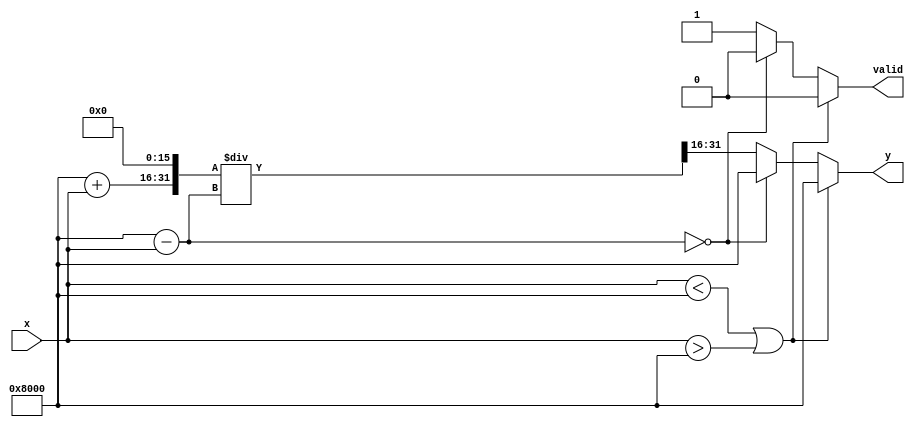
module atanh(
    input wire signed [15:0] x, // Fixed-point input with 16 bits (1 sign + 15 fractional)
    output reg signed [15:0] y,  // Fixed-point output with 16 bits
    output reg valid              // Output valid signal
);

    // Constants for fixed-point representation
    localparam fixed_point_scale = 16'h1 << 15; // 2^15 for scaling (1.0 in fixed-point)
    localparam INVALID_OUTPUT = 16'h8000; // Example NaN or error code

    reg signed [15:0] one_plus_x;
    reg signed [15:0] one_minus_x;
    reg signed [31:0] ratio; // To hold (1+x)/(1-x) temporarily
    reg signed [31:0] log_result; // To hold logarithm result temporarily

    always @(*) begin
        // Default outputs
        valid = 1'b0;
        y = INVALID_OUTPUT; // Default to error code

        // Check input range
        if ((x < -fixed_point_scale) || (x > fixed_point_scale)) begin
            // Input is out of valid range
            valid = 1'b0;
            y = INVALID_OUTPUT; // Invalid output
        end else begin
            // Calculate 1 + x and 1 - x
            one_plus_x = fixed_point_scale + x; // 1 + x
            one_minus_x = fixed_point_scale - x; // 1 - x

            // Check if denominator is zero
            if (one_minus_x == 0) begin
                valid = 1'b0;
                y = INVALID_OUTPUT; // Division by zero, return error
            end else begin
                // Calculate ratio (1 + x) / (1 - x)
                ratio = (one_plus_x << 16) / one_minus_x; // Scale up for fixed-point division

                // Logarithm calculation (placeholder)
                // Replace this with your actual logarithmic calculation for accurate results
                log_result = log_approx(ratio);

                // Compute the final result: (1/2) * log((1 + x)/(1 - x))
                y = log_result[31:16]; // Take the top 16 bits as the output
                valid = 1'b1; // Mark output as valid
            end
        end
    end

    // Placeholder for logarithm approximation function
    function signed [31:0] log_approx(input signed [31:0] value);
        begin
            // Implement a logarithm approximation here
            // For demonstration, we return a dummy value
            log_approx = value; // Replace with actual implementation
        end
    endfunction

endmodule